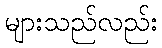
များသည်လည်း